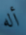
أله